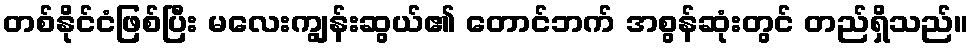
တစ်နိုင်ငံဖြစ်ပြီး မလေးကျွန်းဆွယ်၏ တောင်ဘက် အစွန်ဆုံးတွင် တည်ရှိသည်။